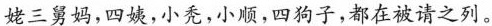
姥三舅妈，四姨，小秃，小顺，四狗子，都在被请之列。